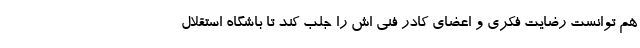
هم توانست رضایت فکری و اعضای کادر فنی اش را جلب کند تا باشگاه استقلال